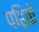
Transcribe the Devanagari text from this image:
पढ़िकें